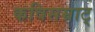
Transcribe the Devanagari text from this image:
कविसम्राट्